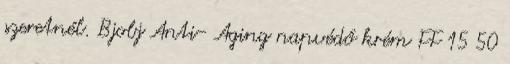
szeretnél. Bjobj Anti- Aging napvédő krém FF 15 50